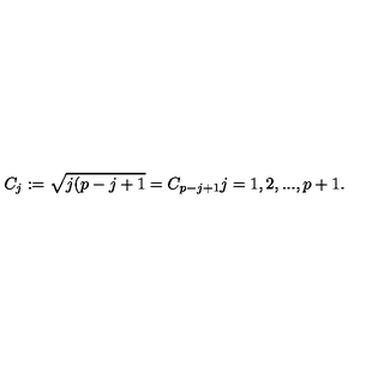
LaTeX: C _ { j } : = \sqrt { j ( p - j + 1 } = C _ { p - j + 1 } j = 1 , 2 , . . . , p + 1 .